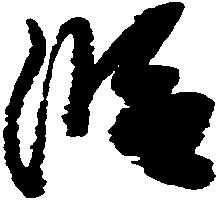
段